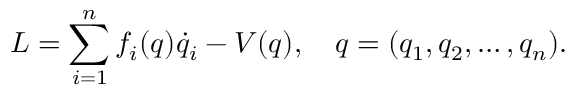
L = \sum _ { i = 1 } ^ { n } f _ { i } ( q ) \dot { q } _ { i } - V ( q ) , \quad q = ( q _ { 1 } , q _ { 2 } , \ldots , q _ { n } ) { . }